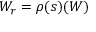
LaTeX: W _ { r } = \rho ( s ) ( W )